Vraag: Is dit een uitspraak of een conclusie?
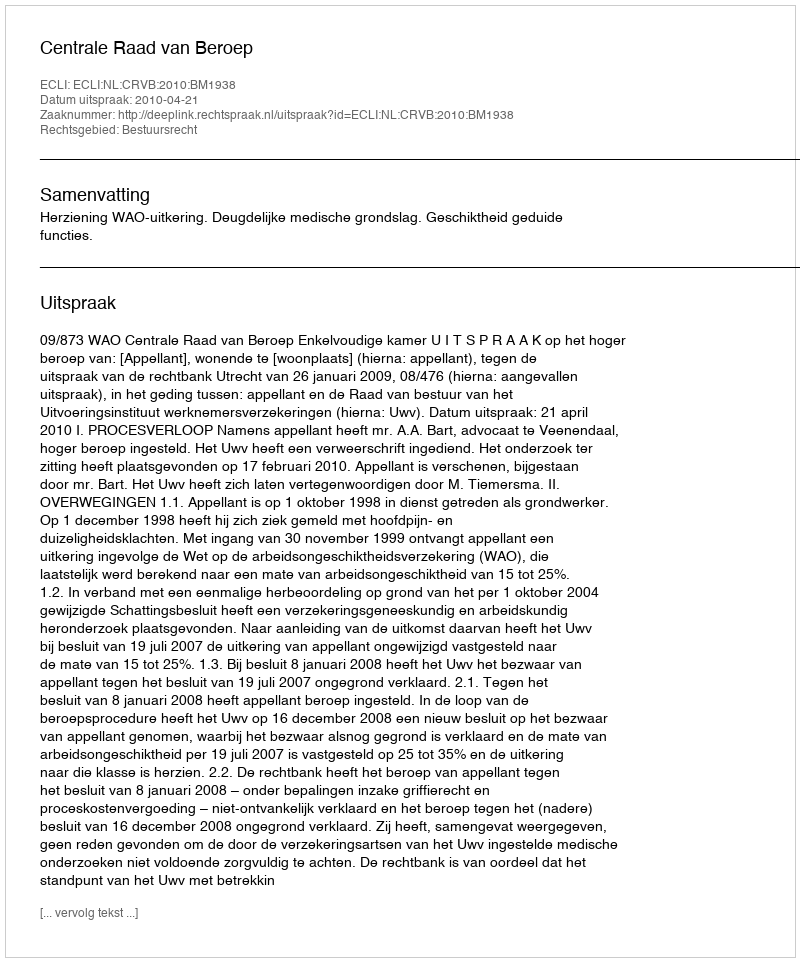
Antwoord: Uitspraak